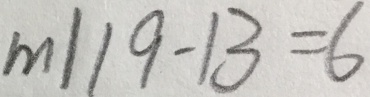
m \vert 1 9 - 1 3 = 6